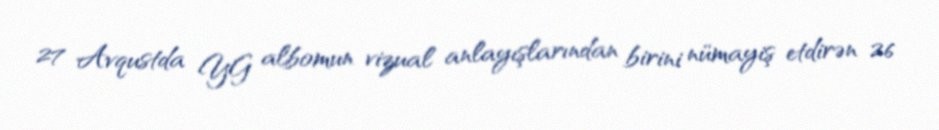
27 Avqustda YG albomun vizual anlayışlarından birini nümayiş etdirən 26